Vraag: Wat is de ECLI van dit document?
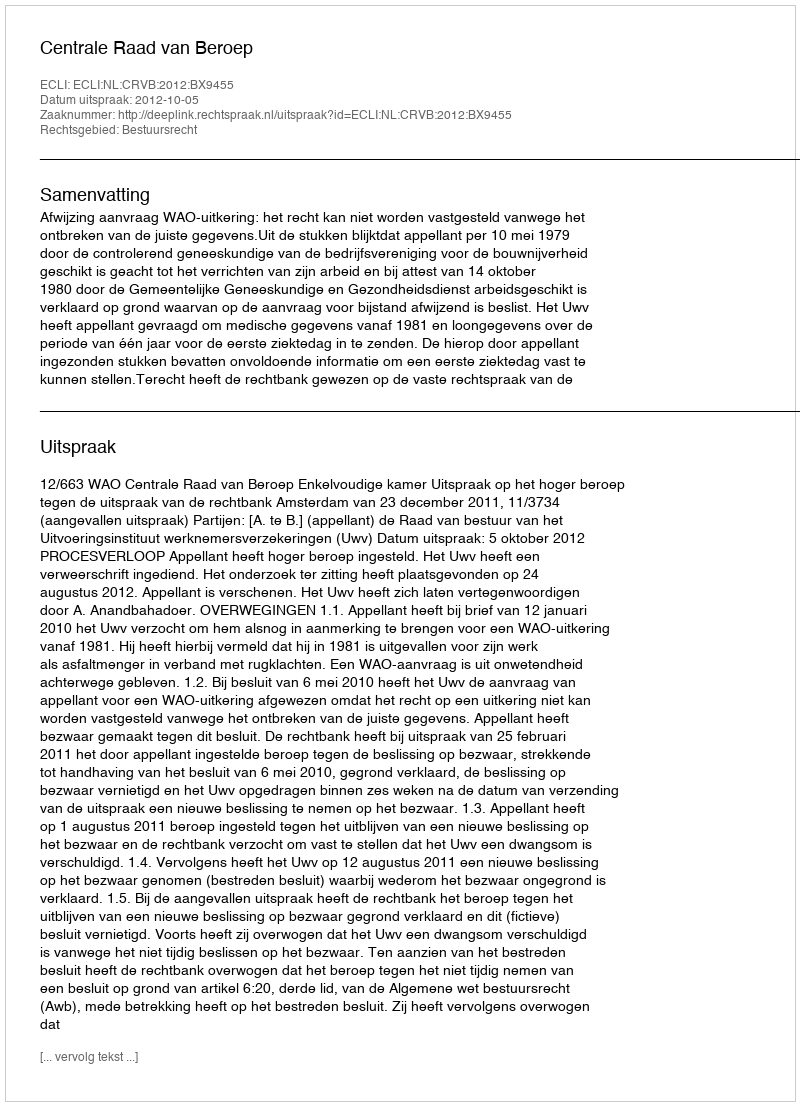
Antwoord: ECLI:NL:CRVB:2012:BX9455